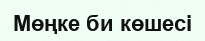
Мөңке би көшесі